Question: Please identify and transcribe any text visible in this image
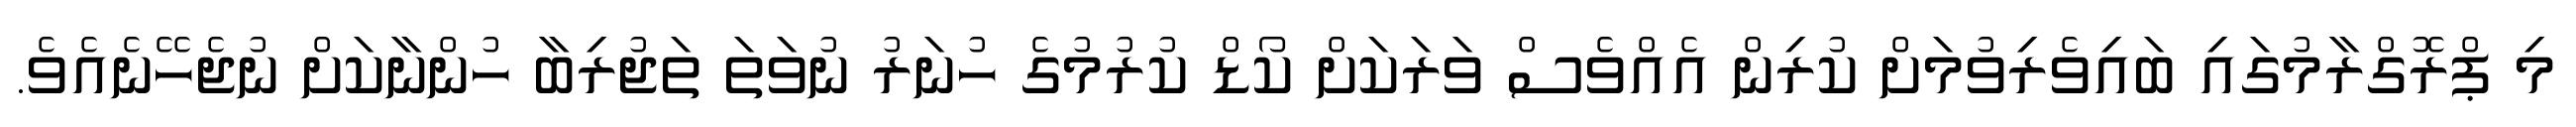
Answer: މި ޕްރޮގްރާމުގައި ބައިވެރިވުމަށް ކުރިން އެއްވެސް ވަރަކަށް ކޯޑް ކުރުމުގެ ހުނަރު ނުވަތަ ތަޖުރިބާ ހުންނާކަށް ނުޖެހޭނެއެވެ.